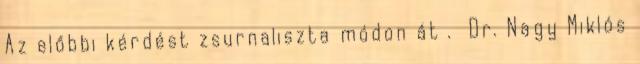
Az előbbi kérdést zsurnaliszta módon át . Dr. Nagy Miklós